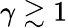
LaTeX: \gamma\gtrsim 1